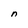
Character: n